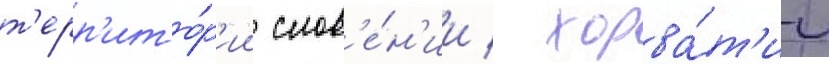
т'ерр'ито́р'ии слов'е́н'ии / хорва́т'ии